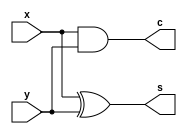
module ha(s, c, x, y);
output s, c;
input x, y;
assign s = x ^ y; // xor =    0
assign c = x & y;
endmodule // half-adder